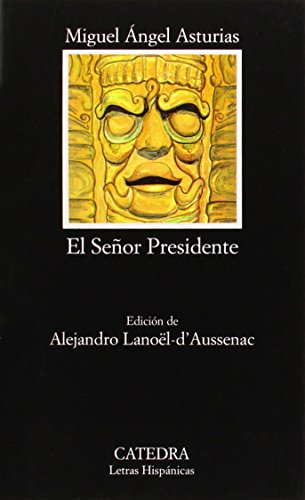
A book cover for El Senor Presidente; Miguel Angel Asturias; Literature & Fiction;